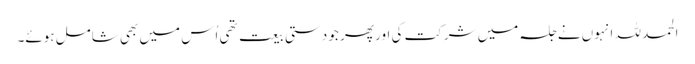
الحمد للہ انہوں نے جلسہ میں شرکت کی اور پھر جو دستی بیعت تھی اُس میں بھی شامل ہوئے۔